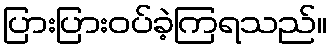
ပြားပြားဝပ်ခဲ့ကြရသည်။